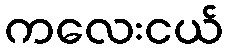
ကလေးငယ်